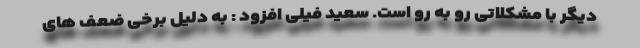
دیگر با مشکلاتی رو به رو است. سعید فیلی افزود : به دلیل برخی ضعف های